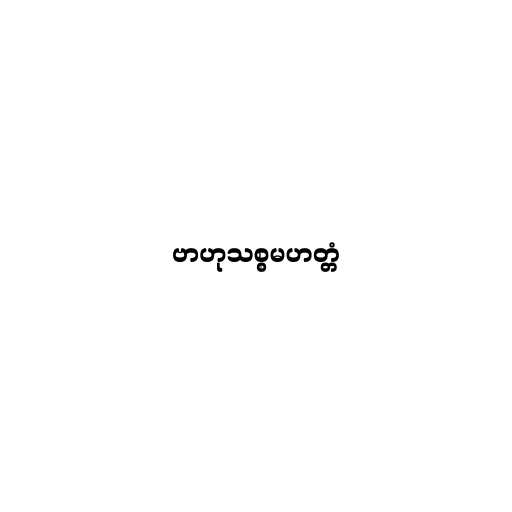
ဗာဟုသစ္စမဟတ္တံ